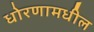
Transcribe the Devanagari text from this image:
धोरणामधील